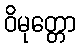
ဝိမုတ္တော